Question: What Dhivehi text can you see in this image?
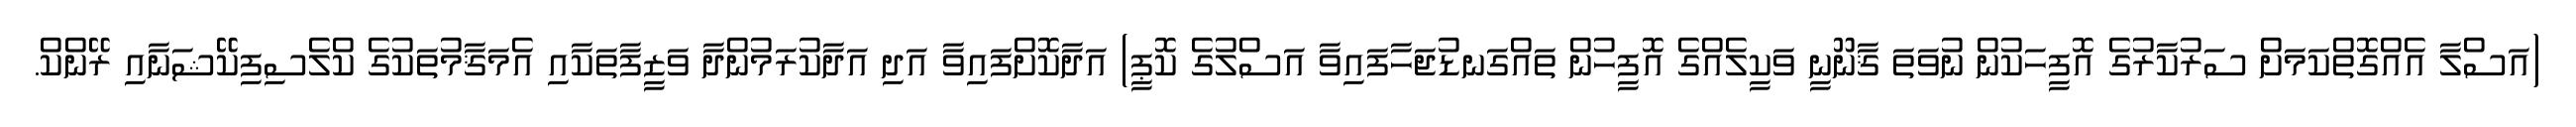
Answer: (އަސްލާ އެއްގޮތްކަމަށް ސަރުކާރުގެ އޮފީހަކުން ނުވަތަ ޤާނޫނީ ވަކީލެއްގެ އޮފީހުން ތައްގަނޑުޖަހާފައިވާ އަސްލުގެ ކޮޕީ) އަދާކޮށްފައިވާ އަދި އަދާކުރަމުންދާ ވަޒީފާތަކާއި އެމަޤާމުތަކުގެ ކްލެސިފިކޭޝަނާއި ރޭންކް.